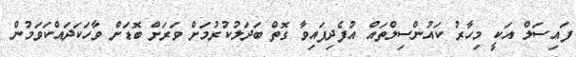
ފައިސަލް އަކީ މިހާރު ކައުންސިލްތައް އުފެދިފައިވާ ގޮތް ބަދަލުކުރުމަށް ވަރަށް ބޮޑަށް ވާހަކަދައްކަވަމުން